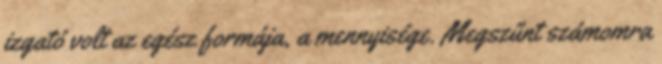
izgató volt az egész formája, a mennyisége. Megszűnt számomra